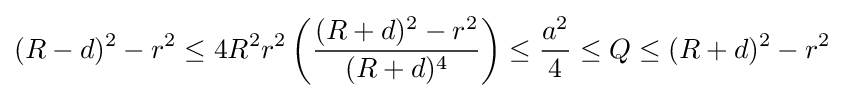
(R-d)^{2}-r^{2}\leq 4R^{2}r^{2}\left({\frac {(R+d)^{2}-r^{2}}{(R+d)^{4}}}\right)\leq {\frac {a^{2}}{4}}\leq Q\leq (R+d)^{2}-r^{2}